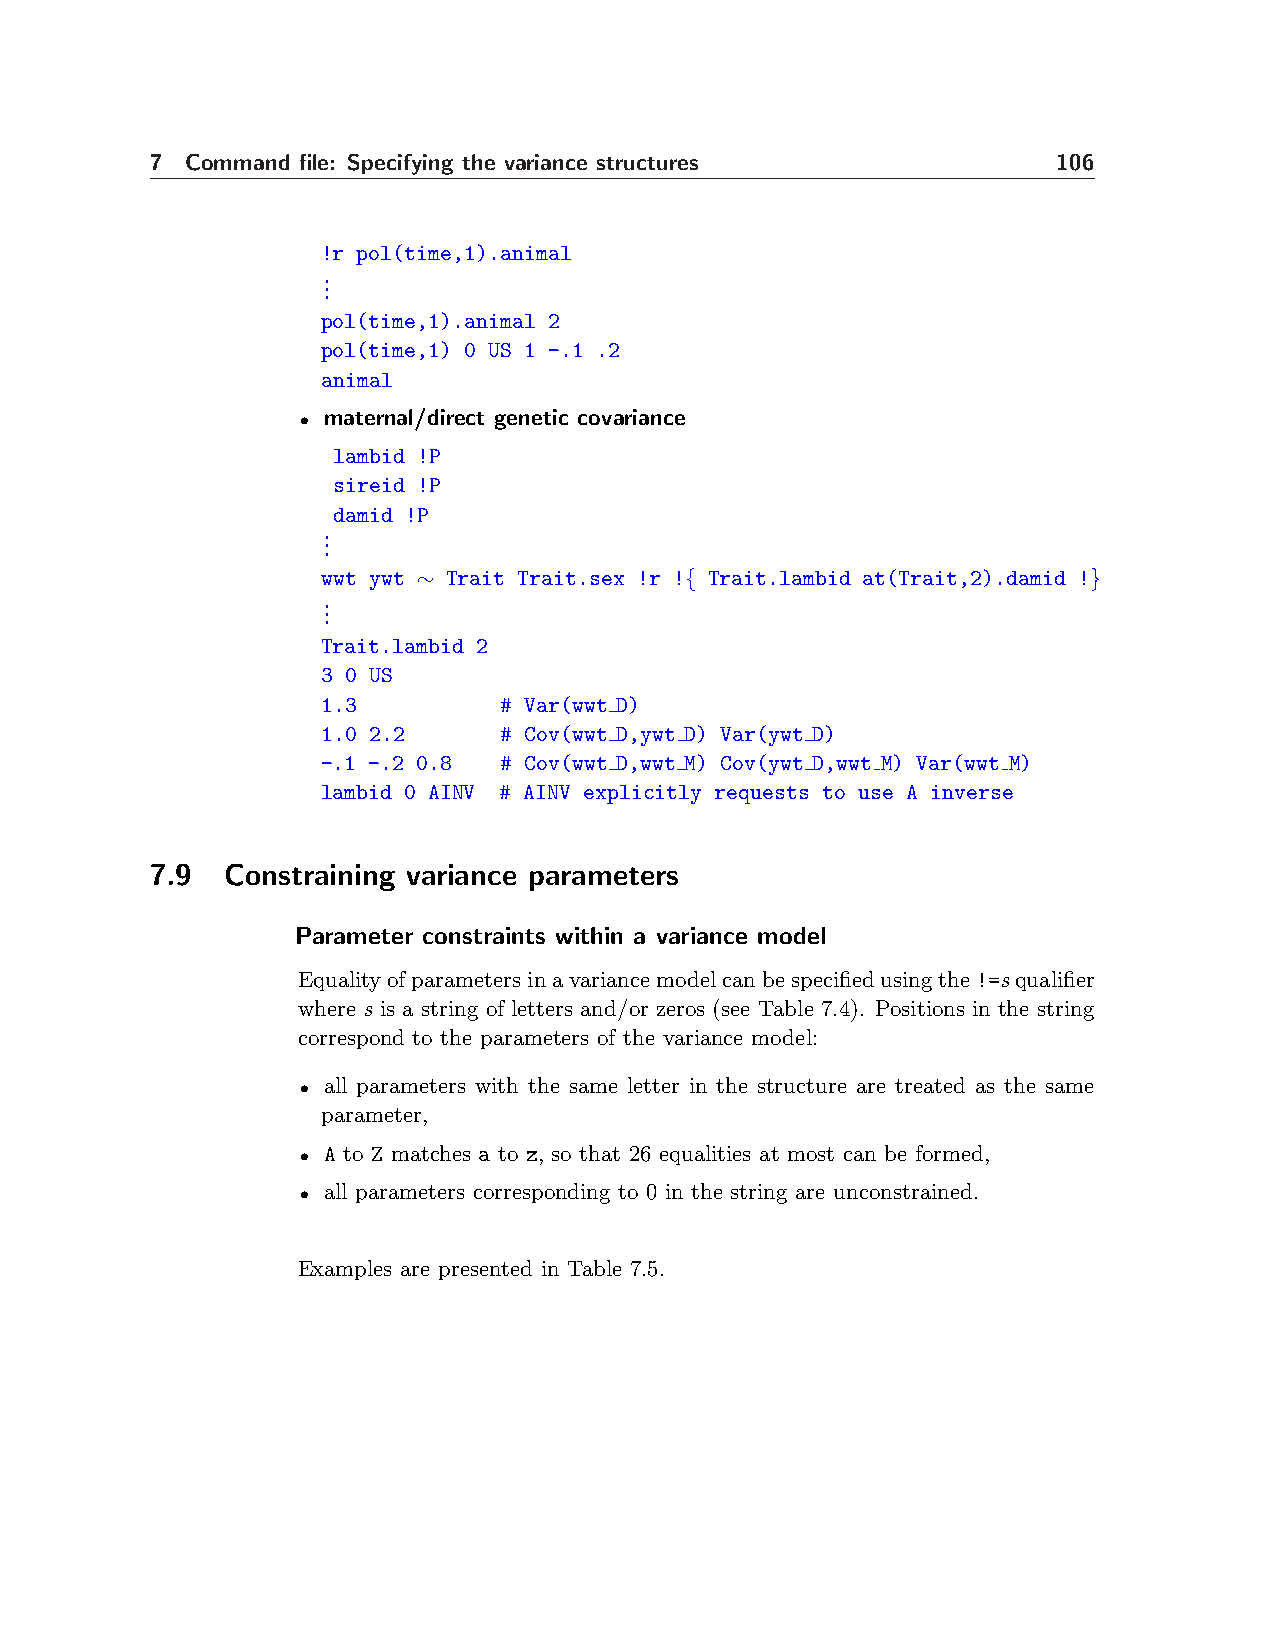
7 Command file: Specifying the variance structures          106
 !r pol(time,1).animal
 .
 .
 .
 pol(time,1).animal 2
 pol(time,1) 0 US 1 -.1 .2
 animal
 • maternal/direct genetic covariance
 lambid !P
 sireid !P
 damid !P
 .
 .
 .
 wwt ywt ∼ Trait Trait.sex !r !{ Trait.lambid at(Trait,2).damid !}
 .
 .
 .
 Trait.lambid 2
 3 0 US
 1.3         # Var(wwt D)
 1.0 2.2     # Cov(wwt D,ywt D) Var(ywt D)
 -.1 -.2 0.8 # Cov(wwt D,wwt M) Cov(ywt D,wwt M) Var(wwt M)
 lambid 0 AINV # AINV explicitly requests to use A inverse
 7.9  Constraining variance parameters
 Parameter constraints within a variance model
 Equalityofparametersinavariancemodelcanbespecifiedusingthe!=squalifier
 where s is a string of letters and/or zeros (see Table 7.4). Positions in the string
 correspond to the parameters of the variance model:
 • all parameters with the same letter in the structure are treated as the same
 parameter,
 • A to Z matches a to z, so that 26 equalities at most can be formed,
 • all parameters corresponding to 0 in the string are unconstrained.
 Examples are presented in Table 7.5.